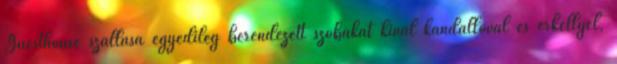
Guesthouse szállása egyedileg berendezett szobákat kínál kandallóval és erkéllyel,